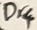
Text: Dr4